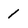
Character: 1